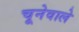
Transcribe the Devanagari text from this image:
चूनेवाले